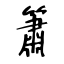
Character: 簫